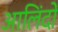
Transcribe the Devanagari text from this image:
आलिंदों